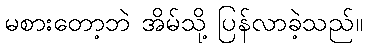
မစားတော့ဘဲ အိမ်သို့ ပြန်လာခဲ့သည်။